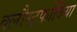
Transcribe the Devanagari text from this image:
क्लौस्ट्रफ़ोबिया